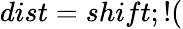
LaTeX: dist=shift;!(